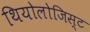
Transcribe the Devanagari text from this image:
थियोलोजिस्ट